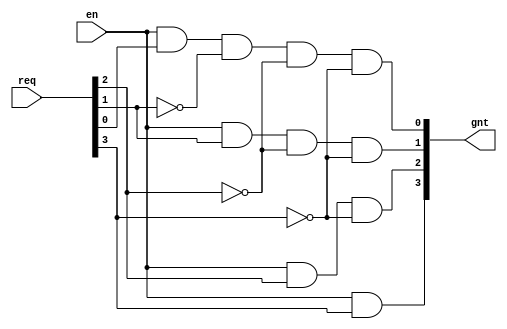
/* Generated by Yosys 0.25+99 (git sha1 54bf15a5b, x86_64-apple-darwin20.2-clang 10.0.0-4ubuntu1 -fPIC -Os) */

(* top =  1  *)
(* src = "4bit_priority_sel.v:2.1-15.10" *)
module priority_sel1(req, en, gnt);
  (* src = "4bit_priority_sel.v:11.21-11.33" *)
  wire _00_;
  (* src = "4bit_priority_sel.v:12.21-12.33" *)
  wire _01_;
  (* src = "4bit_priority_sel.v:12.21-12.44" *)
  wire _02_;
  (* src = "4bit_priority_sel.v:13.21-13.33" *)
  wire _03_;
  (* src = "4bit_priority_sel.v:13.21-13.44" *)
  wire _04_;
  (* src = "4bit_priority_sel.v:13.21-13.55" *)
  wire _05_;
  (* src = "4bit_priority_sel.v:11.37-11.44" *)
  wire _06_;
  (* src = "4bit_priority_sel.v:12.37-12.44" *)
  wire _07_;
  (* src = "4bit_priority_sel.v:13.37-13.44" *)
  wire _08_;
  (* src = "4bit_priority_sel.v:4.25-4.27" *)
  input en;
  wire en;
  (* src = "4bit_priority_sel.v:5.24-5.27" *)
  output [3:0] gnt;
  wire [3:0] gnt;
  (* src = "4bit_priority_sel.v:3.24-3.27" *)
  input [3:0] req;
  wire [3:0] req;
  assign _00_ = en &(* src = "4bit_priority_sel.v:11.21-11.33" *)  req[2];
  assign gnt[2] = _00_ &(* src = "4bit_priority_sel.v:11.21-11.44" *)  _06_;
  assign _01_ = en &(* src = "4bit_priority_sel.v:12.21-12.33" *)  req[1];
  assign _02_ = _01_ &(* src = "4bit_priority_sel.v:12.21-12.44" *)  _07_;
  assign gnt[1] = _02_ &(* src = "4bit_priority_sel.v:12.21-12.55" *)  _06_;
  assign _03_ = en &(* src = "4bit_priority_sel.v:13.21-13.33" *)  req[0];
  assign _04_ = _03_ &(* src = "4bit_priority_sel.v:13.21-13.44" *)  _08_;
  assign _05_ = _04_ &(* src = "4bit_priority_sel.v:13.21-13.55" *)  _07_;
  assign gnt[0] = _05_ &(* src = "4bit_priority_sel.v:13.21-13.66" *)  _06_;
  assign gnt[3] = en &(* src = "4bit_priority_sel.v:10.21-10.33" *)  req[3];
  assign _08_ = ~(* src = "4bit_priority_sel.v:13.37-13.44" *) req[1];
  assign _07_ = ~(* src = "4bit_priority_sel.v:13.48-13.55" *) req[2];
  assign _06_ = ~(* src = "4bit_priority_sel.v:13.59-13.66" *) req[3];
endmodule